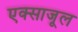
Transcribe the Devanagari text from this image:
एक्साजूल